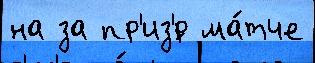
на за пр'из'́р ма́тче